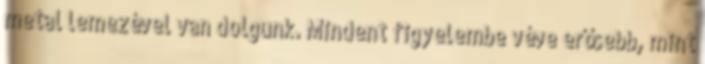
metal lemezével van dolgunk. Mindent figyelembe véve erősebb, mint